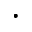
\cdot